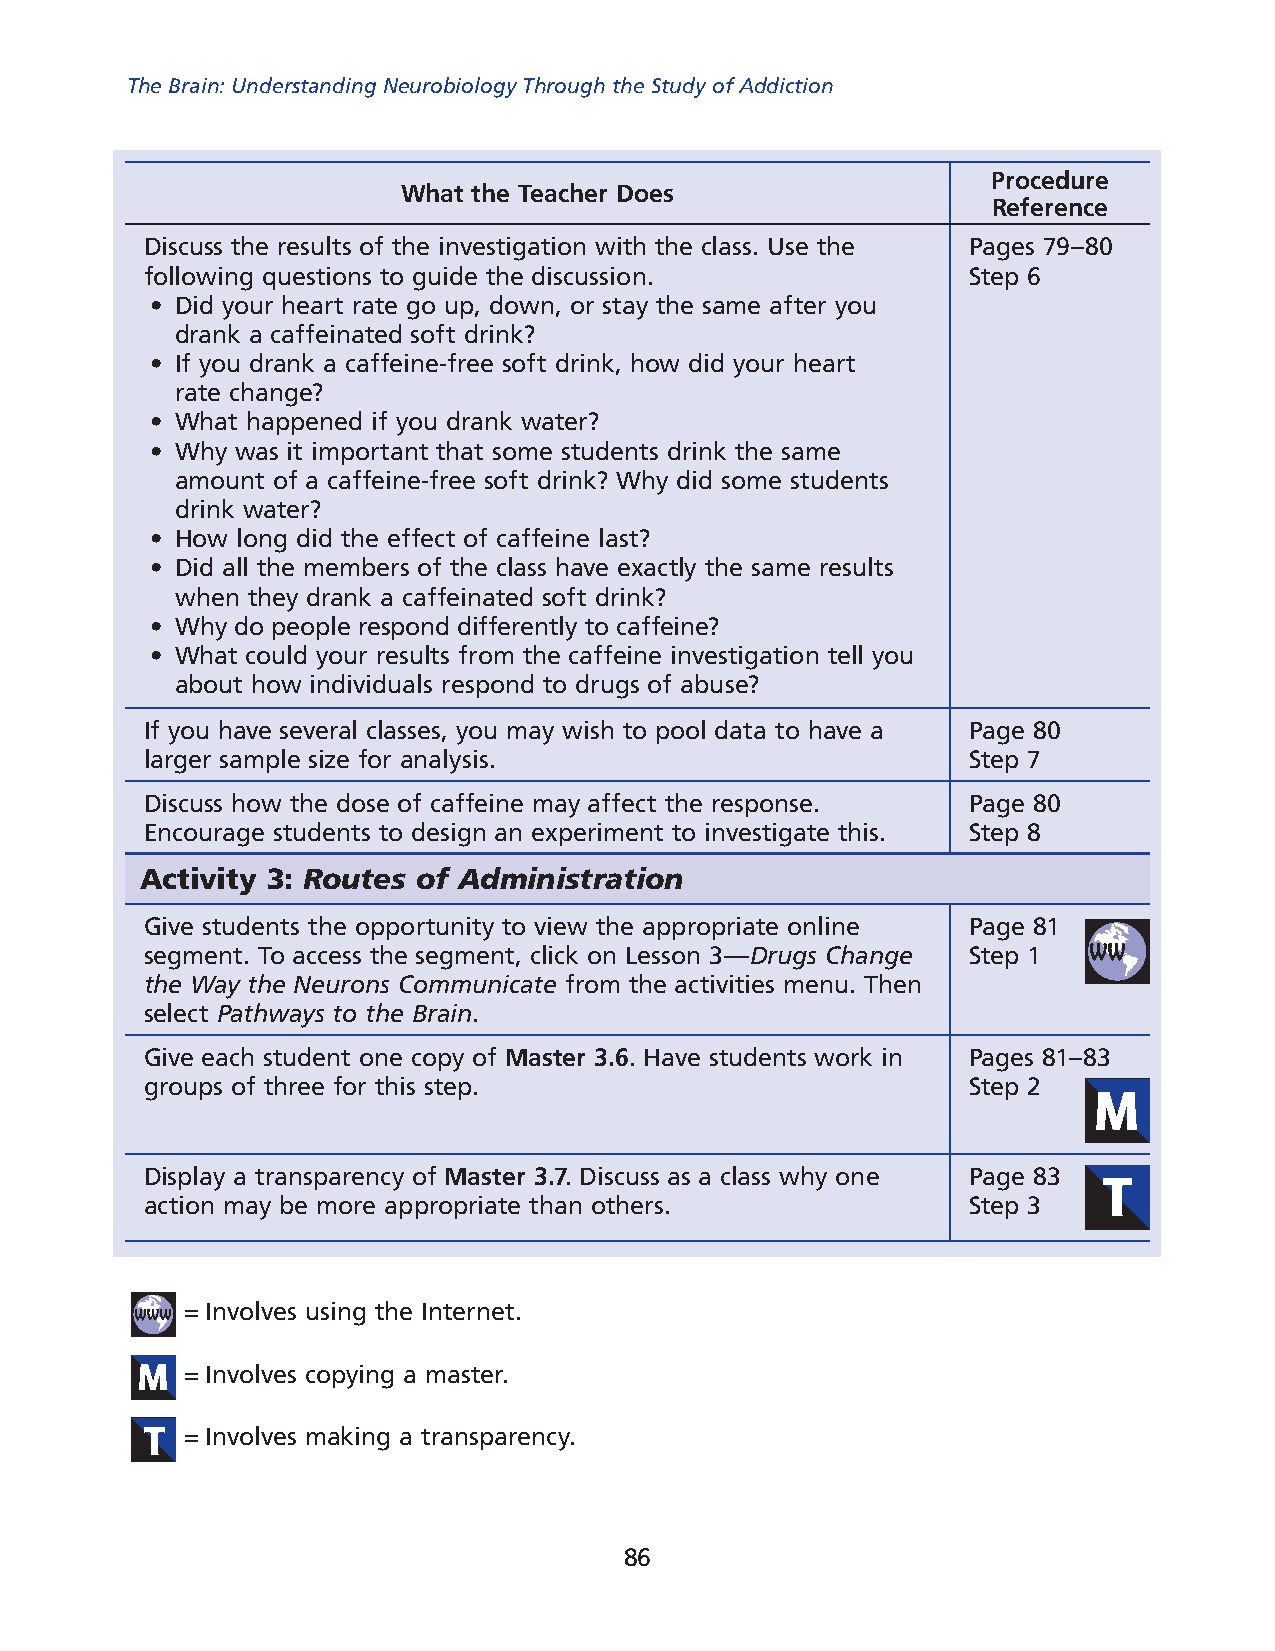
The Brain: Understanding Neurobiology Through the Study of Addiction
 Procedure
 What the Teacher Does
 reference
 Discuss the results of the investigation with the class. Use the Pages 79–80
 following questions to guide the discussion.          Step 6
 • Did your heart rate go up, down, or stay the same after you
 drank a caffeinated soft drink?
 • If you drank a caffeine-free soft drink, how did your heart
 rate change?
 • What happened if you drank water?
 • Why was it important that some students drink the same
 amount of a caffeine-free soft drink? Why did some students
 drink water?
 • How long did the effect of caffeine last?
 • Did all the members of the class have exactly the same results
 when they drank a caffeinated soft drink?
 • Why do people respond differently to caffeine?
 • What could your results from the caffeine investigation tell you
 about how individuals respond to drugs of abuse?
 If you have several classes, you may wish to pool data to have a Page 80
 larger sample size for analysis.                      Step 7
 Discuss how the dose of caffeine may affect the response. Page 80
 Encourage students to design an experiment to investigate this. Step 8
 Activity 3: Routes of Administration
 Give students the opportunity to view the appropriate online Page 81
 segment. To access the segment, click on Lesson 3—Drugs Change Step 1
 the Way the Neurons Communicate from the activities menu. Then
 select Pathways to the Brain.
 Give each student one copy of Master 3.6. Have students work in Pages 81–83
 groups of three for this step.                        Step 2
 Display a transparency of Master 3.7. Discuss as a class why one Page 83
 action may be more appropriate than others.           Step 3
 = Involves using the Internet.
 = Involves copying a master.
 = Involves making a transparency.
 86